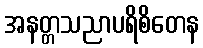
အနတ္တသညာပရိစိတေန